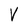
Character: V